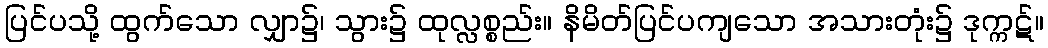
ပြင်ပသို့ ထွက်သော လျှာ၌၊ သွား၌ ထုလ္လစ္စည်း။ နိမိတ်ပြင်ပကျသော အသားတုံး၌ ဒုက္ကဋ်။